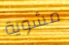
مشوية